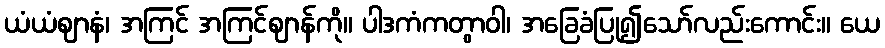
ယံယံဈာနံ၊ အကြင် အကြင်ဈာန်ကို။ ပါဒကံကတွာဝါ၊ အခြေခံပြု၍သော်လည်းကောင်း။ ယေ